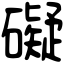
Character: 礙